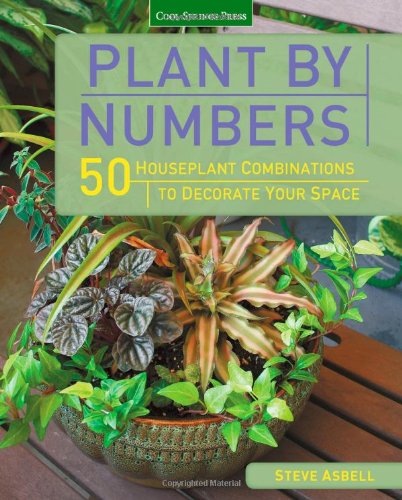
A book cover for Plant by Numbers: 50 Houseplant Combinations to Decorate Your Space; Steve Asbell; Crafts, Hobbies & Home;